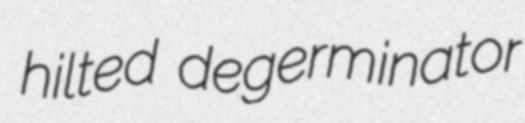
hilted degerminator